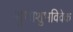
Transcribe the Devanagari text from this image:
शुभाशुभविवेक